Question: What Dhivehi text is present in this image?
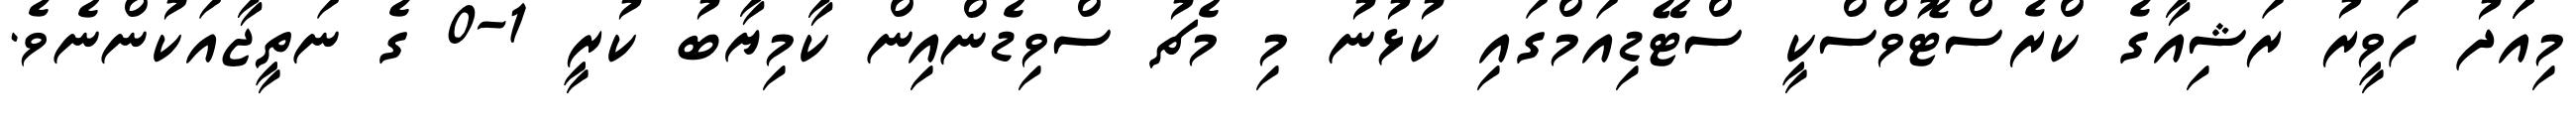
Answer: މިއަަދު ހަވީރު ރަޝިއާގެ ކްރެސްޓޮވްސްކީ ސްޓޭޑިއަމްގައި ކުޅުނު މި މެޗު ސްވިޑެންއިން ކާމިޔާބު ކުރީ 1-0 ގެ ނަތީޖާއަކުންނެވެ.